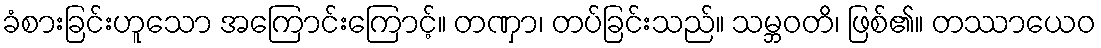
ခံစားခြင်းဟူသော အကြောင်းကြောင့်။ တဏှာ၊ တပ်ခြင်းသည်။ သမ္ဘဝတိ၊ ဖြစ်၏။ တဿာယေဝ